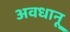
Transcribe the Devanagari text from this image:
अवधानू